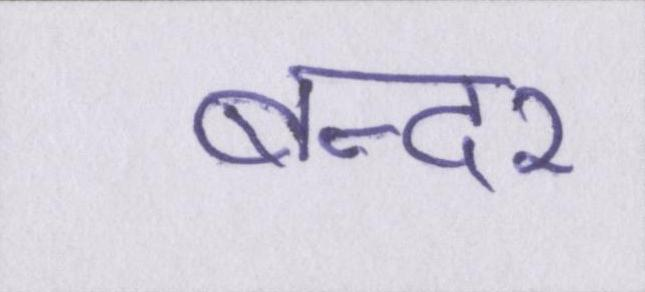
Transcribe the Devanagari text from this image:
बन्दर